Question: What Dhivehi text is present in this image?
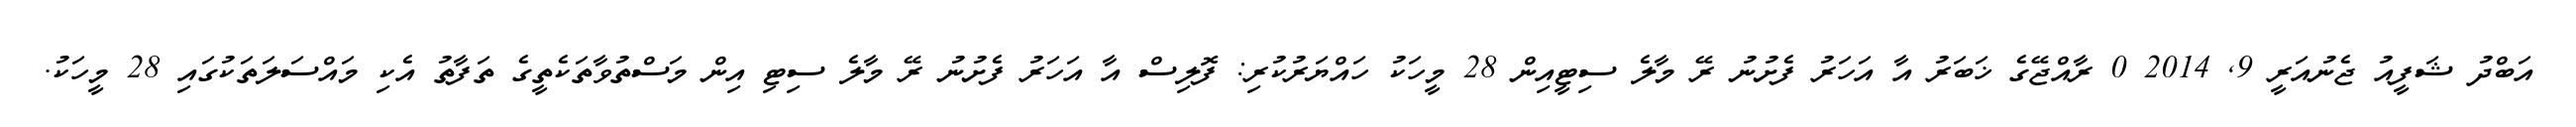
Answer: އަބްދު ޝަފީއު ޖެނުއަރީ 9, 2014 0 ރާއްޖޭގެ ޚަބަރު އާ އަހަރު ފެށުނު ރޭ މާލެ ސިޓީއިން 28 މީހަކު ހައްޔަރުކުރި: ފޮލިސް އާ އަހަރު ފެށުނު ރޭ މާލެ ސިޓި އިން މަސްތުވާތަކެތީގެ ތަފާތު އެކި މައްސަލަތަކުގައި 28 މީހަކު.